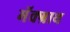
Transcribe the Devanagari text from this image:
मॅक्ग्राथ